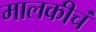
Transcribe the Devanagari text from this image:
मालकीचं